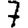
Digit: 7